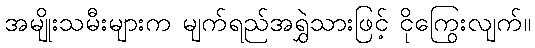
အမျိုးသမီးများက မျက်ရည်အရွှဲသားဖြင့် ငိုကြွေးလျက်။